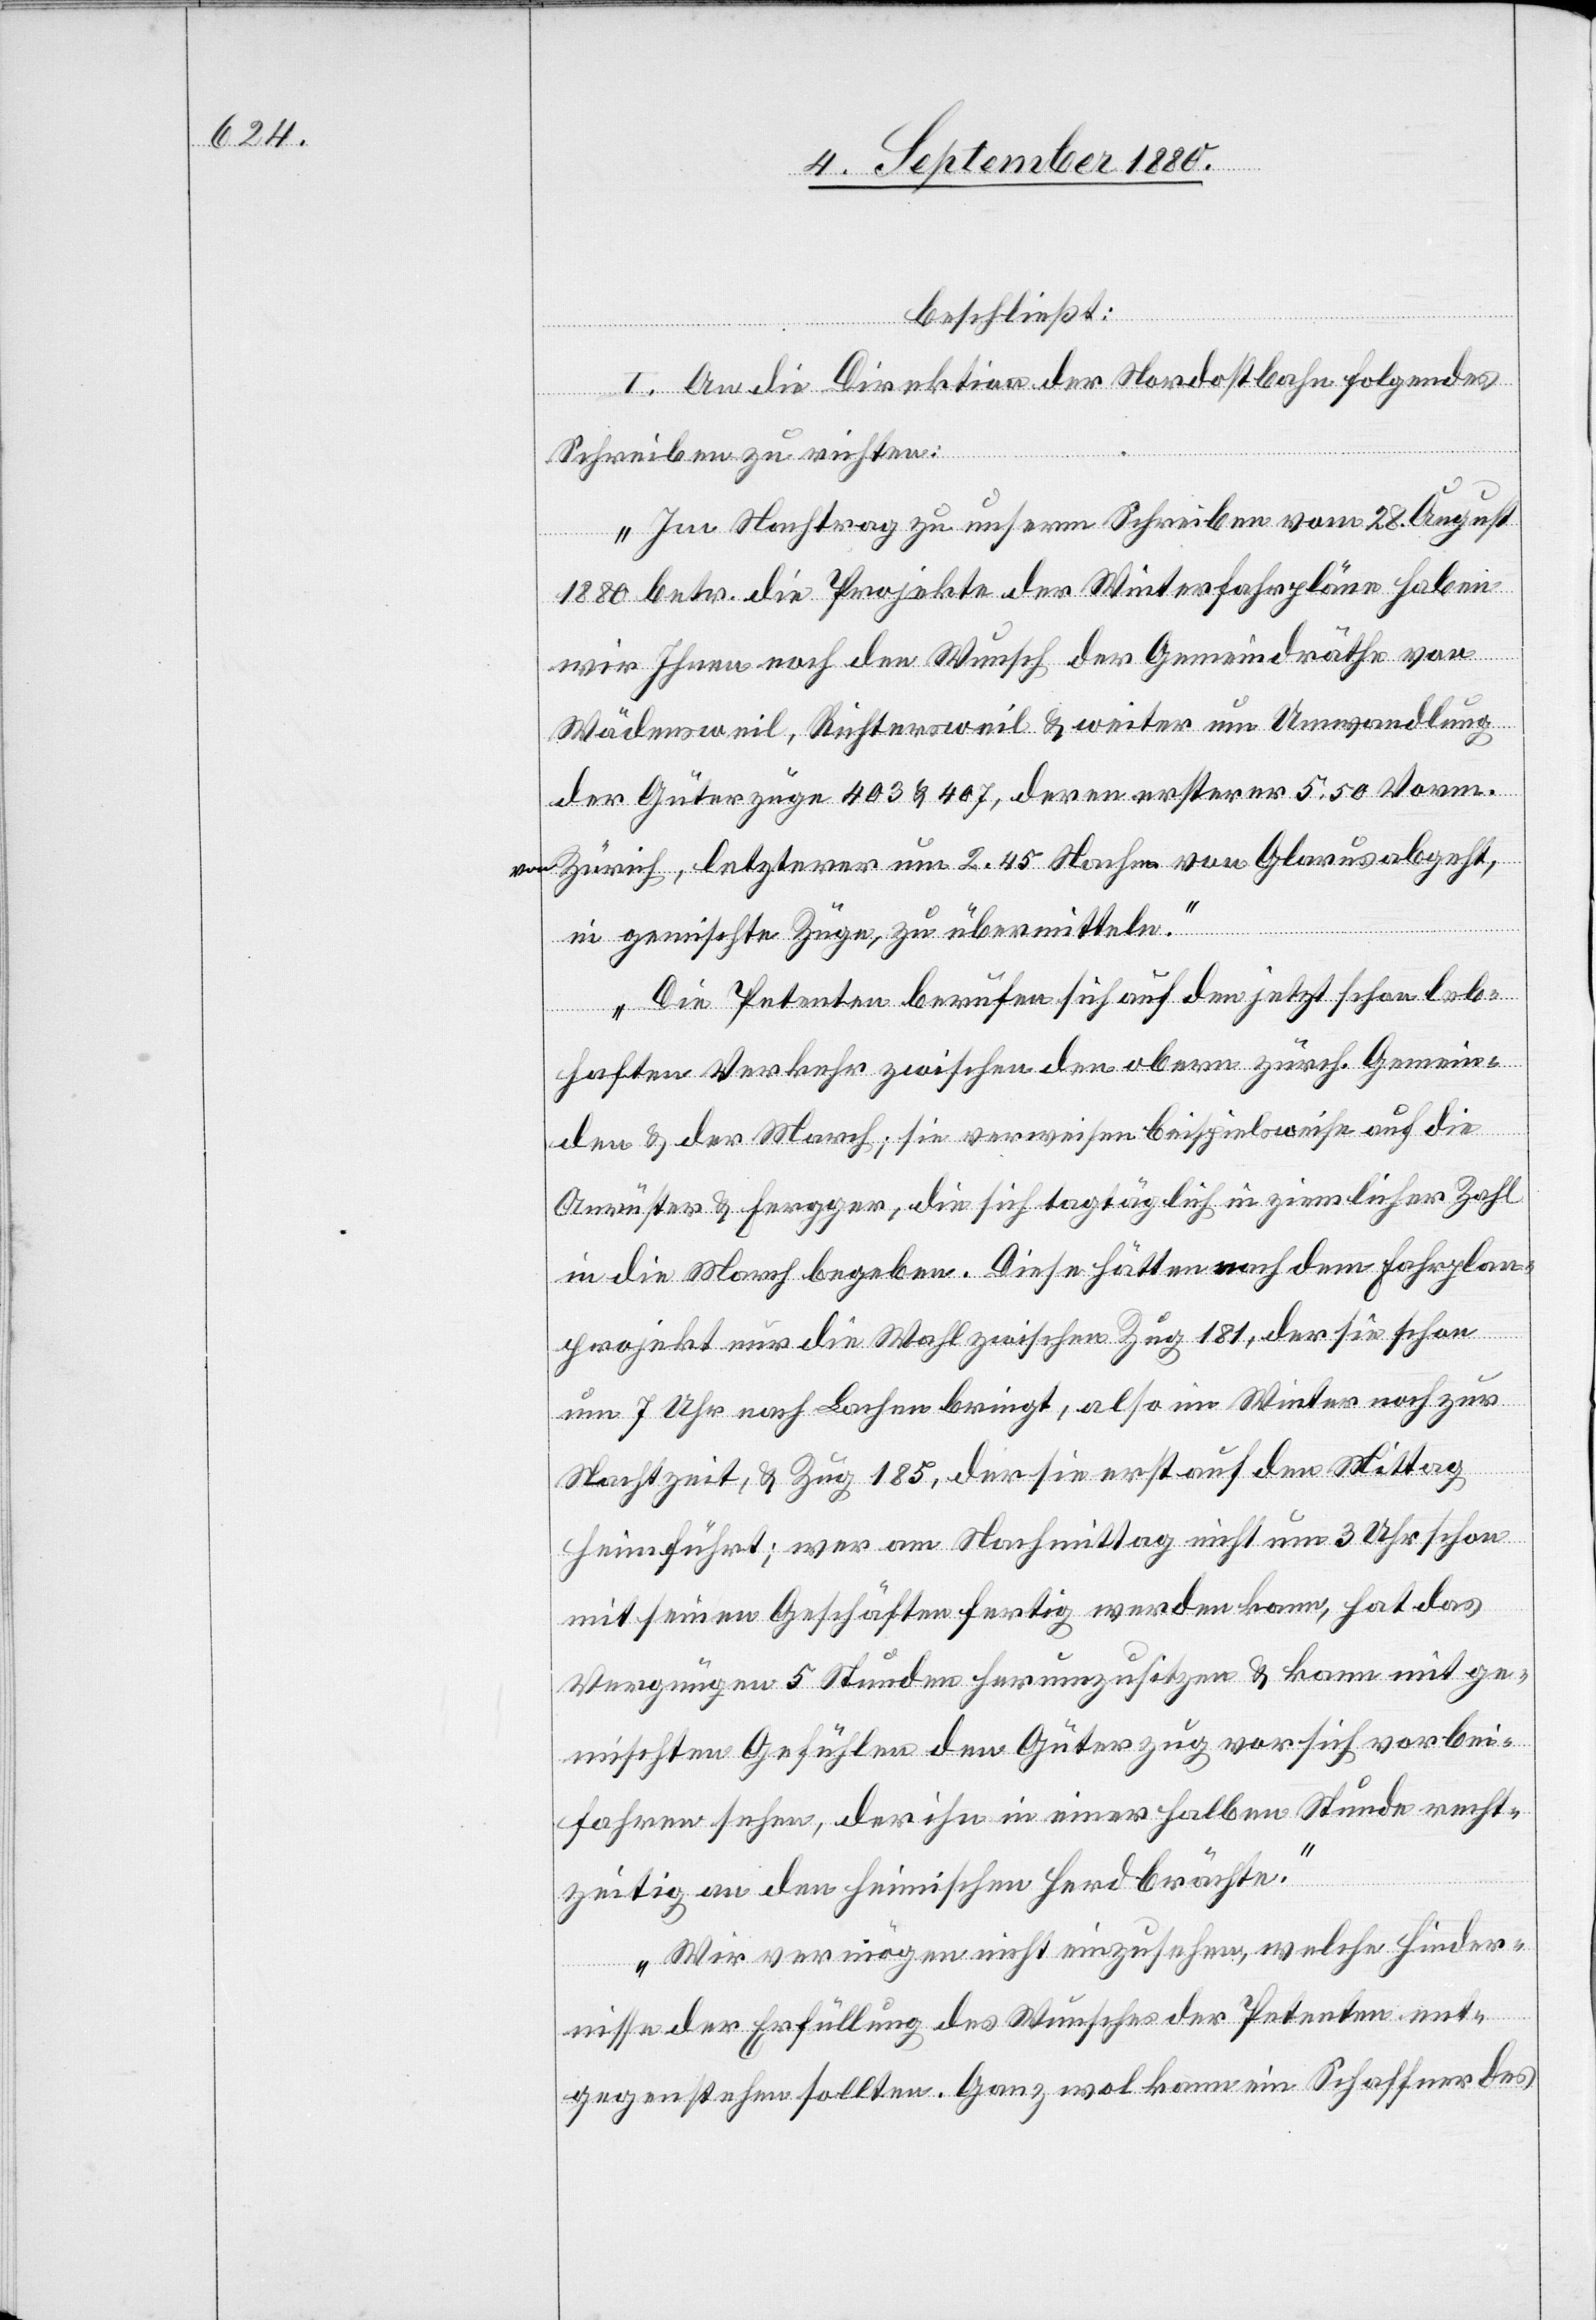
beschließt:
I. An die Direktion der Nordostbahn folgendes
Schreiben zu richten:
„Im Nachtrag zu unserm Schreiben vom 28. August
1880 betr. die Projekte der Winterfahrpläne haben
wir Ihnen noch den Wunsch der Gemeindräthe von
Wädensweil, Richtersweil & weiter [sic!] um Umwandlung
der Güterzüge 403 & 407, deren ersterer 5.50 Vorm.
von Zürich, letzterer um 2.45 Nachm. von Glarus abgeht,
in gemischte Züge, zu übermitteln.
Die Petenten berufen sich auf den jetzt schon leb¬
haften Verkehr zwischen den obern zürch. Gemein¬
den & der March; sie verweisen beispielsweise auf die
Anrüster & Fergger, die sich tagtäglich in ziemlicher Zahl
in die March begeben. Diese hätten nach dem Fahrplan¬
projekt nur die Wahl zwischen Zug 181, der sie schon
um 7 Uhr nach Lachen bringt, also im Winter noch zur
Nachtzeit, & Zug 185, der sie erst auf den Mittag
heimführt; wer am Nachmittag nicht um 3 Uhr schon
mit seinen Geschäften fertig werden kann, hat das
Vergnügen 5 Stunden herumzusitzen & kann mit ge¬
mischten Gefühlen den Güterzug vor sich vorbei¬
fahren sehen, der ihn in einer halben Stunde recht¬
zeitig an den heimischen Herd brächte.
Wir vermögen nicht einzusehen, welche Hinder¬
nisse der Erfüllung des Wunsches der Petenten ent¬
gegenstehen sollten. Ganz wol kann ein Schaffner des